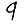
Digit: 9